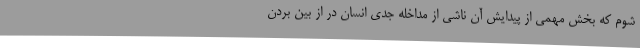
شوم که بخش مهمی از پیدایش آن ناشی از مداخله جدی انسان در از بین بردن